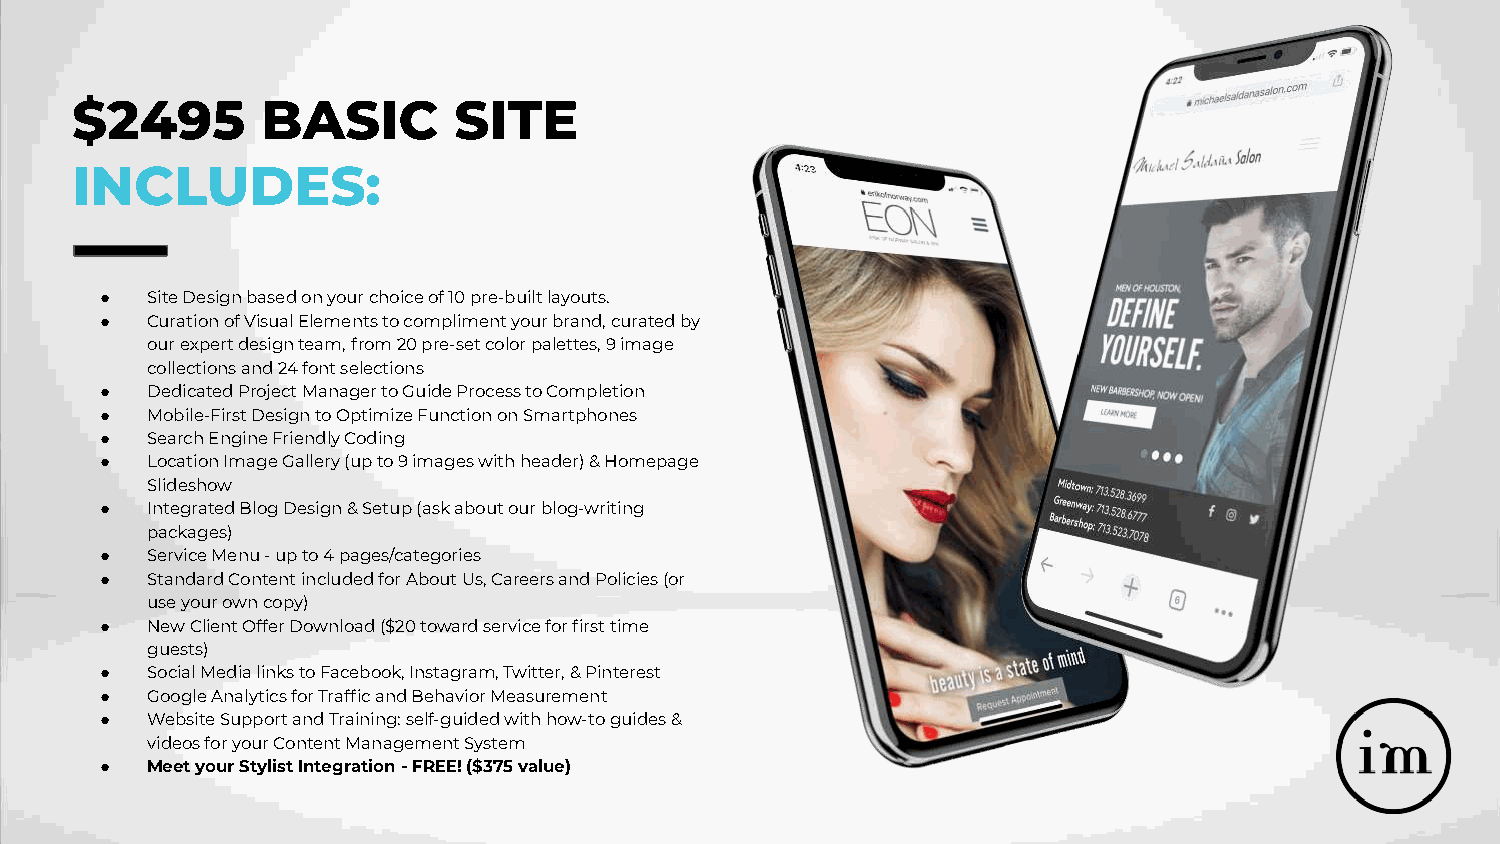
$2495       BASIC        SITE
 INCLUDES:
 ●  Site Design based on your choice of 10 pre-built layouts.
 ●  Curation of Visual Elements to compliment your brand, curated by
 our expert design team, from 20 pre-set color palettes, 9 image
 collections and 24 font selections
 ●  Dedicated Project Manager to Guide Process to Completion
 ●  Mobile-First Design to Optimize Function on Smartphones
 ●  Search Engine Friendly Coding
 ●  Location Image Gallery (up to 9 images with header) & Homepage
 Slideshow
 ●  Integrated Blog Design & Setup (ask about our blog-writing
 packages)
 ●  Service Menu - up to 4 pages/categories
 ●  Standard Content included for About Us, Careers and Policies (or
 use your own copy)
 ●  New Client Offer Download ($20 toward service for first time
 guests)
 ●  Social Media links to Facebook, Instagram, Twitter, & Pinterest
 ●  Google Analytics for Traffic and Behavior Measurement
 ●  Website Support and Training: self-guided with how-to guides &
 videos for your Content Management System
 ●  Meet your Stylist Integration - FREE! ($375 value)